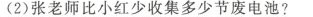
(2)张老师比小红少收集多少节废电池?